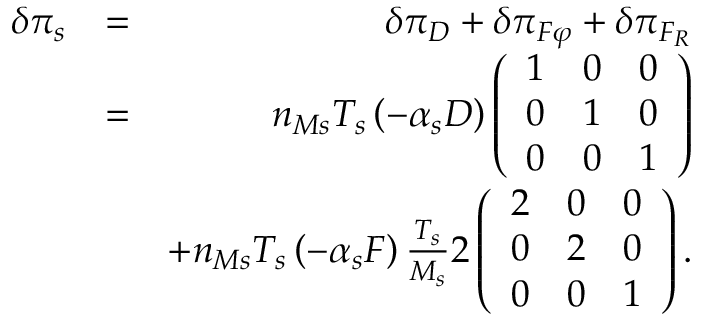
\begin{array} { r l r } { \delta \pi _ { s } } & { = } & { \delta \pi _ { D } + \delta \pi _ { F \varphi } + \delta \pi _ { F _ { R } } } \\ & { = } & { n _ { M s } T _ { s } \left( - \alpha _ { s } D \right) \left( \begin{array} { c c c } { 1 } & { 0 } & { 0 } \\ { 0 } & { 1 } & { 0 } \\ { 0 } & { 0 } & { 1 } \end{array} \right) } \\ & { } & { + n _ { M s } T _ { s } \left( - \alpha _ { s } F \right) \frac { T _ { s } } { M _ { s } } 2 \left( \begin{array} { c c c } { 2 } & { 0 } & { 0 } \\ { 0 } & { 2 } & { 0 } \\ { 0 } & { 0 } & { 1 } \end{array} \right) . } \end{array}